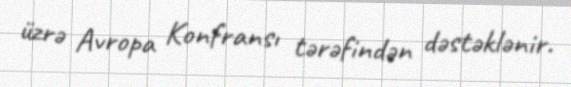
üzrə Avropa Konfransı tərəfindən dəstəklənir.